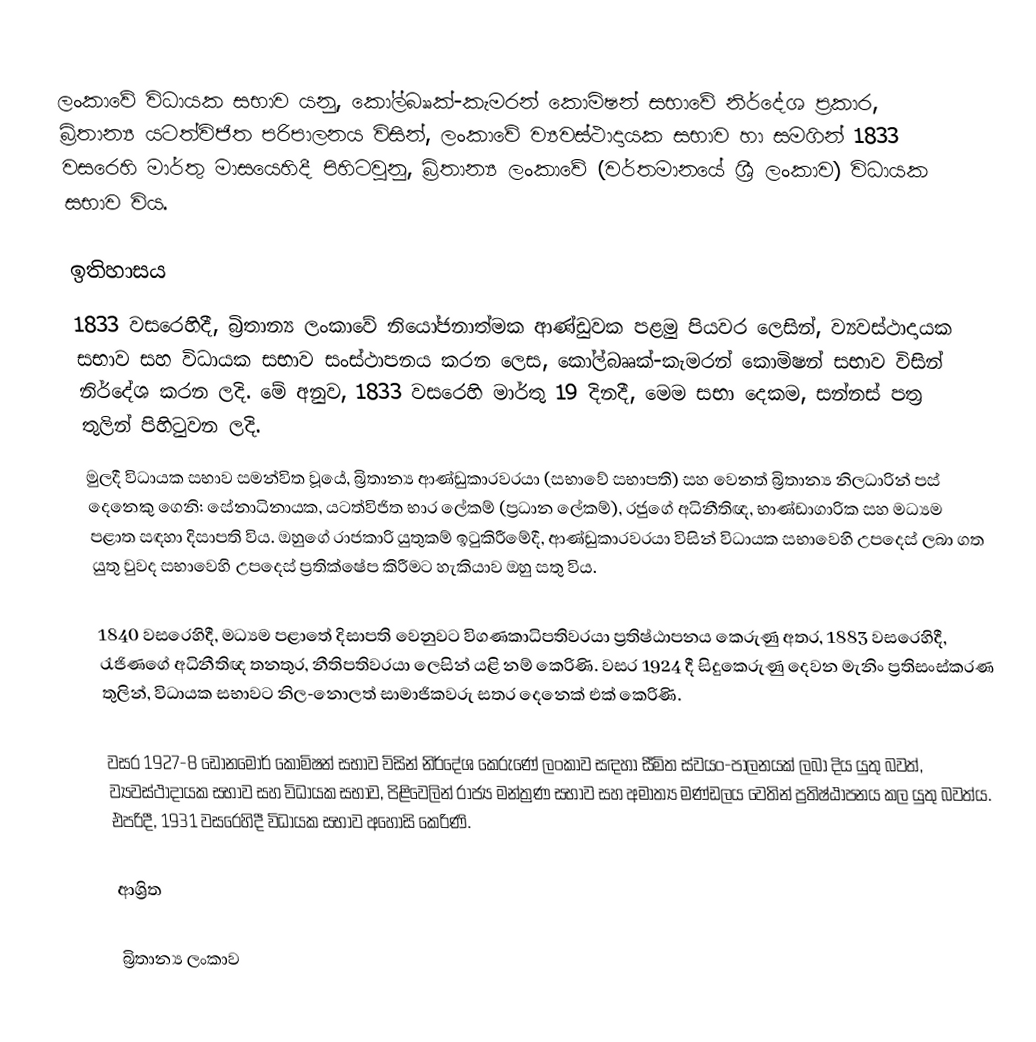
ලංකාවේ විධායක සභාව යනු,   කෝල්බෲක්-කැමරන් කොමිෂන් සභාවේ නිර්දේශ ප්‍රකාර, බ්‍රිතාන්‍ය යටත්විජිත පරිපාලනය විසින්,  ලංකාවේ ව්‍යවස්ථාදායක සභාව හා සමගින් 1833 වසරෙහි මාර්තු මාසයෙහිදී පිහිටවුනු, බ්‍රිතාන්‍ය ලංකාවේ (වර්තමානයේ ශ්‍රී ලංකාව) විධායක සභාව විය.

ඉතිහාසය
1833 වසරෙහිදී, බ්‍රිතාන්‍ය ලංකාවේ  නියෝජනාත්මක  ආණ්ඩුවක පළමු පියවර ලෙසින්, ව්‍යවස්ථාදායක සභාව සහ විධායක සභාව සංස්ථාපනය කරන ලෙස, කෝල්බෲක්-කැමරන් කොමිෂන් සභාව විසින් නිර්දේශ කරන ලදි. මේ අනුව, 1833 වසරෙහි මාර්තු 19 දිනදී, මෙම සභා දෙකම,  සන්නස් පත්‍ර තුලින් පිහිටුවන ලදි.
මුලදී විධායක සභාව සමන්විත වූයේ,  බ්‍රිතාන්‍ය ආණ්ඩුකාරවරයා (සභාවේ සභාපති) සහ වෙනත් බ්‍රිතාන්‍ය නිලධාරින් පස් දෙනෙකු ගෙනි: සේනාධිනායක,  යටත්විජිත භාර ලේකම් (ප්‍රධාන ලේකම්),  රජුගේ අධිනීතිඥ, භාණ්ඩාගාරික සහ මධ්‍යම පළාත සඳහා දිසාපති විය. ඔහුගේ රාජකාරි යුතුකම් ඉටුකිරීමේදී, ආණ්ඩුකාරවරයා විසින් විධායක සභාවෙහි උපදෙස් ලබා ගත යුතු වුවද සභාවෙහි උපදෙස් ප්‍රතික්ෂේප කිරීමට හැකියාව ඔහු සතු විය.

1840 වසරෙහිදී,  මධ්‍යම පළාතේ දිසාපති වෙනුවට  විගණකාධිපතිවරයා ප්‍රතිෂ්ඨාපනය කෙරුණු අතර,  1883 වසරෙහිදී,  රැජිණගේ අධිනීතිඥ තනතුර,  නීතිපතිවරයා ලෙසින් යළි නම් කෙරිණි.  වසර 1924 දී සිදුකෙරුණු දෙවන මැනිං ප්‍රතිසංස්කරණ තුලින්, විධායක සභාවට නිල-නොලත් සාමාජිකවරු සතර දෙනෙක් එක් කෙරිණි.

වසර  1927-8 ඩොනමෝර් කොමිෂන් සභාව විසින් නිර්දේශ කෙරුණේ ලංකාව සඳහා සීමිත ස්වයං-පාලනයක් ලබා දිය යුතු බවත්, ව්‍යවස්ථාදායක සභාව සහ විධායක සභාව, පිළිවෙලින් රාජ්‍ය මන්ත්‍රණ සභාව සහ අමාත්‍ය මණ්ඩලය වෙතින් ප්‍රතිෂ්ඨාපනය කල යුතු බවත්ය.  එපරිදී, 1931 වසරෙහිදී විධායක සභාව අහෝසි කෙරිණි.

ආශ්‍රිත

බ්‍රිතාන්‍ය ලංකාව